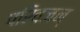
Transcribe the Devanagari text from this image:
परिवजन्